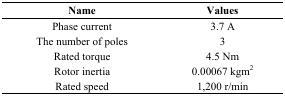
<table><thead><tr><td><b>Name</b></td><td><b>Values</b></td></tr></thead><tbody><tr><td>Phase current</td><td>3.7 A</td></tr><tr><td>The number of poles</td><td>3</td></tr><tr><td>Rated torque</td><td>4.5 Nm</td></tr><tr><td>Rotor inertia</td><td>0.00067 kgm<sup>2</sup></td></tr><tr><td>Rated speed</td><td>1,200 r/min</td></tr></tbody></table>